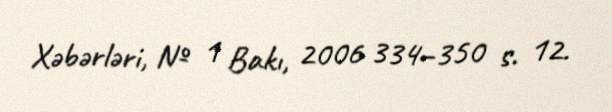
Xəbərləri, № 1 Bakı, 2006 334–350 s. 12.